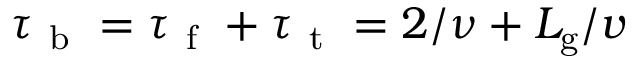
\tau _ { \mathrm { ~ b ~ } } = \tau _ { \mathrm { ~ f ~ } } + \tau _ { \mathrm { ~ t ~ } } = 2 / \nu + L _ { \mathrm { g } } / v